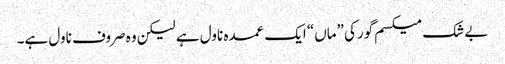
بے شک میکسم گورکی ”ماں“ ایک عمدہ ناول ہے لیکن وہ صروف ناول ہے۔